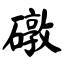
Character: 礅